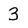
Character: 3